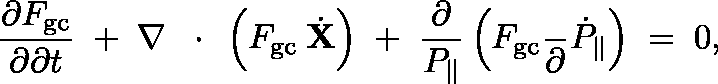
\frac { \partial F _ { \mathrm { g c } } } { \partial \partial t } \; + \; \nabla \, \mathrm { ~ \boldmath ~ \cdot ~ } \, \left( F _ { \mathrm { g c } } \frac { } { } \dot { \bf X } \right) \; + \; \frac { \partial } { P _ { \| } } \left( F _ { \mathrm { g c } } \frac { } { \partial } \dot { P } _ { \| } \right) \; = \; 0 ,